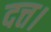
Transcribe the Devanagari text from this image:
दत्त।